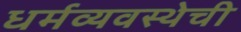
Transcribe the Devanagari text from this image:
धर्मव्यवस्थेची